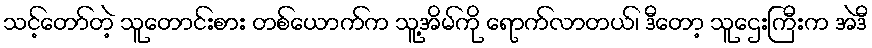
သင့်တော်တဲ့ သူတောင်းစား တစ်ယောက်က သူ့အိမ်ကို ရောက်လာတယ်၊ ဒီတော့ သူဌေးကြီးက အဲဒီ